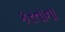
કરતાના